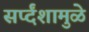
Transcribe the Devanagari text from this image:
सर्प्दंशामुळे